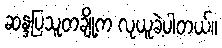
ဆန္ဒပြသူတချို့က လုယူခဲ့ပါတယ်။